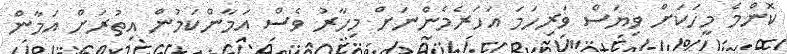
ކޮންމެ މީހަކަށް ވިޔަސް ވަރިހަމަ އަހަރެމެންނަށް މިހާރު ވެސް އަމާންކަމުން އިތުރަށް އަމާން